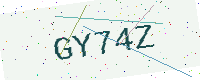
Text: GY74Z